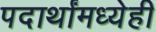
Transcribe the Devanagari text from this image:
पदार्थांमध्येही